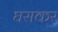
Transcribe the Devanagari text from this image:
घसकर